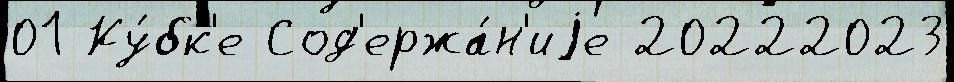
01 Ку́бк'е Сод'ержа́н'иjе 20222023